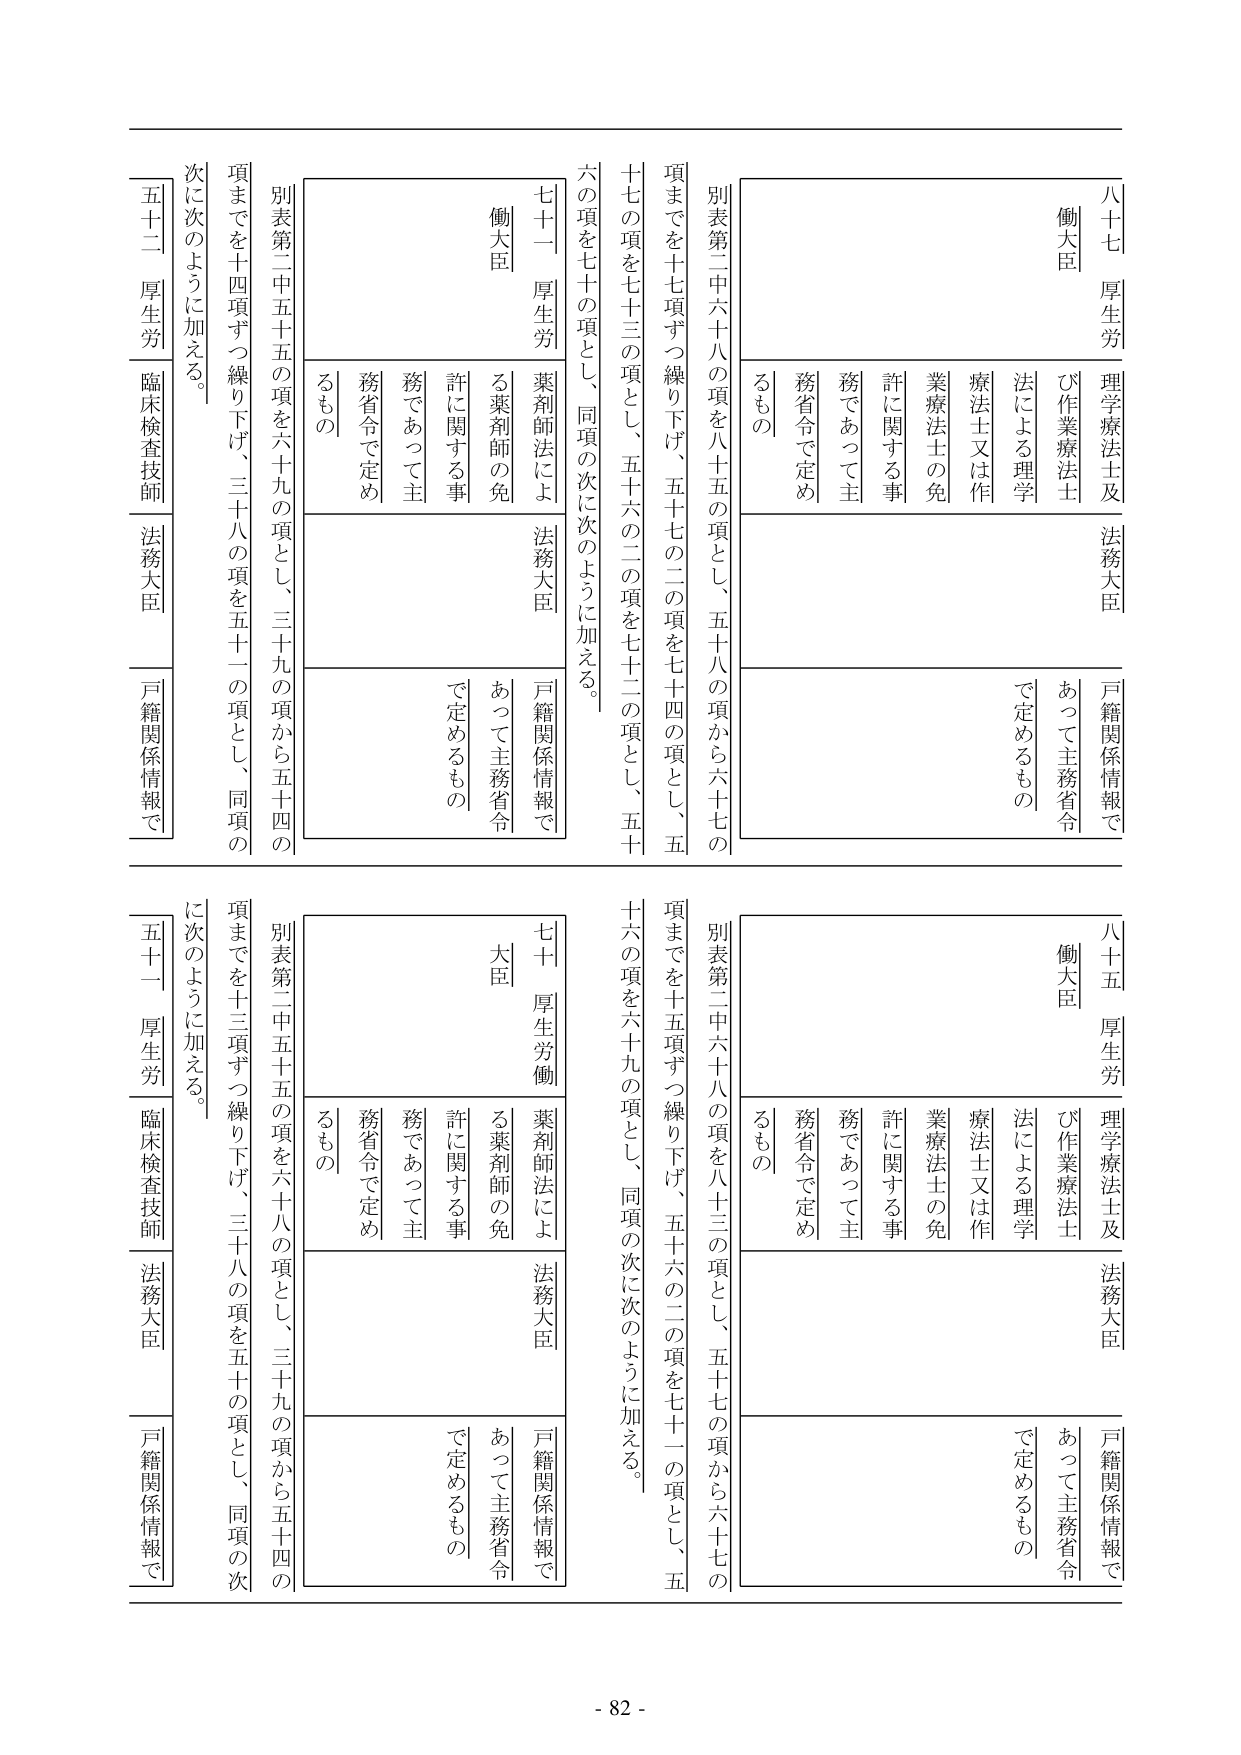
八十五 厚生労 理学療法士及び作業療法士 法務大臣 戸籍関係情報であって主務省令で定めるもの
別表第二中六十八の項を八十三の項とし、五十七の項から六十七の項までを十五項ずつ繰り下げ、五十六の二の項を七十一の項とし、五十六の項を六十九の項とし、同項の次に次のように加える。
薬剤師法による薬剤師の免許に関する事務であって主務省令で定めるもの
七十一 厚生労 働大臣 法務大臣 戸籍関係情報であって主務省令で定めるもの
別表第二中五十五の項を六十八の項とし、三十九の項から五十四の項までを十三項ずつ繰り下げ、三十八の項を五十の項とし、同項の次に次のように加える。
薬剤師法による薬剤師の免許に関する事務であって主務省令で定めるもの
五十ー 厚生労 臨床検査技師 法務大臣 戸籍関係情報で
八十七 厚生労 理学療法士及び作業療法士 法務大臣 戸籍関係情報であって主務省令で定めるもの
別表第二中六十八の項を八十五の項とし、五十八の項から六十七の項までを十七項ずつ繰り下げ、五十七の二の項を七十四の項とし、五十七の項を七十三の項とし、五十六の二の項を七十二の項とし、五十 六の項を七十の項とし、同項の次に次のように加える。
薬剤師法による薬剤師の免許に関する事務であって主務省令で定めるもの
七十一 厚生労 働大臣 法務大臣 戸籍関係情報であって主務省令で定めるもの
別表第二中五十五の項を六十九の項とし、三十九の項から五十四の項までを十四項ずつ繰り下げ、三十八の項を五十一の項とし、同項の次に次のように加える。
薬剤師法による薬剤師の免許に関する事務であって主務省令で定めるもの
五十二 厚生労 臨床検査技師 法務大臣 戸籍関係情報で
- 82 -